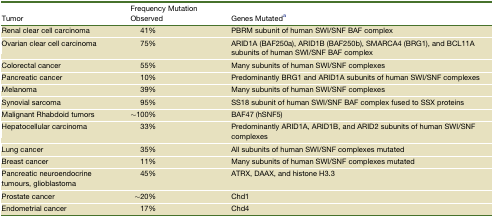
| Tumor | Frequency Mutation Observed | Genes Mutateda |
 | --- | --- | --- |
 | Renal clear cell carcinoma | 41% | PBRM subunit of human SWI/SNF BAF complex |
 | Ovarian clear cell carcinoma | 75% | ARID1A (BAF250a), ARID1B (BAF250b), SMARCA4 (BRG1), and BCL11A subunits of human SWI/SNF BAF complex |
 | Colorectal cancer | 55% | Many subunits of human SWI/SNF complexes |
 | Pancreatic cancer | 10% | Predominantly BRG1 and ARID1A subunits of human SWI/SNF complexes |
 | Melanoma | 39% | Many subunits of human SWI/SNF complexes |
 | Synovial sarcoma | 95% | SS18 subunit of human SWI/SNF BAF complex fused to SSX proteins |
 | Malignant Rhabdoid tumors | ∼100% | BAF47 (hSNF5) |
 | Hepatocellular carcinoma | 33% | Predominantly ARID1A, ARID1B, and ARID2 subunits of human SWI/SNF complexes |
 | Lung cancer | 35% | All subunits of human SWI/SNF complexes mutated |
 | Breast cancer | 11% | Many subunits of human SWI/SNF complexes mutated |
 | Pancreatic neuroendocrine tumours, glioblastoma | 45% | ATRX, DAAX, and histone H3.3 |
 | Prostate cancer | ∼20% | Chd1 |
 | Endometrial cancer | 17% | Chd4 |